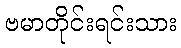
ဗမာတိုင်းရင်းသား